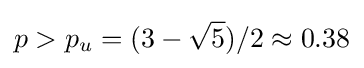
p>p_{u}=(3-{\sqrt {5}})/2\approx 0.38